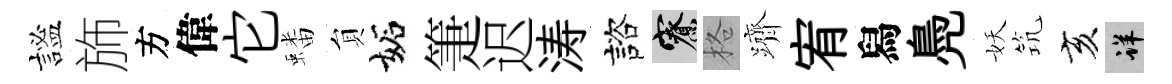
謐斾方偉它蟠貟妬箑迟涛諮寮格躋宥舄鳧妖𥬑亥详